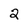
Character: 2